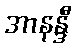
အာနန္ဒီ